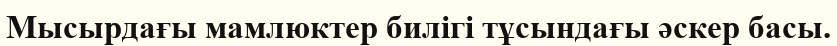
Мысырдағы мамлюктер билігі тұсындағы әскер басы.